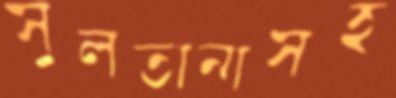
সুলতানাসহ